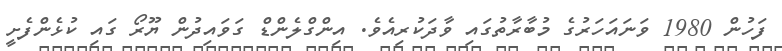
ފަހުން 1980 ވަނައަހަރުގެ މުބާރާތުގައި ވާދަކުރިއެވެ. އިންގްލެންޑް ގަވައިދުން ޔޫރޯ ގައި ކުޅެންފެށީ